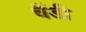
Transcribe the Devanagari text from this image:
चैंडी